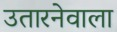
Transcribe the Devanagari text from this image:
उतारनेवाला